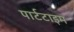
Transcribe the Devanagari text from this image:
पार्टटाइम